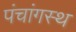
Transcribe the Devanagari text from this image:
पंचांगस्थ